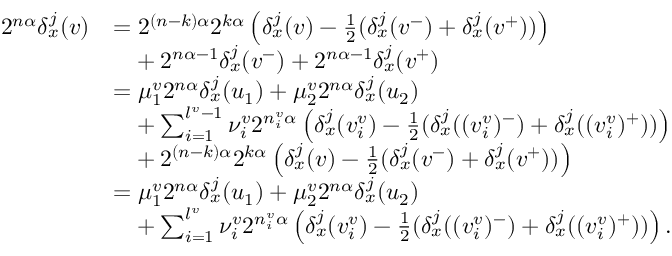
\begin{array} { r l } { 2 ^ { n \alpha } \delta _ { x } ^ { j } ( v ) } & { = 2 ^ { ( n - k ) \alpha } 2 ^ { k \alpha } \left( \delta _ { x } ^ { j } ( v ) - \frac 1 2 ( \delta _ { x } ^ { j } ( v ^ { - } ) + \delta _ { x } ^ { j } ( v ^ { + } ) ) \right) } \\ & { \phantom { = } + 2 ^ { n \alpha - 1 } \delta _ { x } ^ { j } ( v ^ { - } ) + 2 ^ { n \alpha - 1 } \delta _ { x } ^ { j } ( v ^ { + } ) } \\ & { = \mu _ { 1 } ^ { v } 2 ^ { n \alpha } \delta _ { x } ^ { j } ( u _ { 1 } ) + \mu _ { 2 } ^ { v } 2 ^ { n \alpha } \delta _ { x } ^ { j } ( u _ { 2 } ) } \\ & { \phantom { = } + \sum _ { i = 1 } ^ { l ^ { v } - 1 } \nu _ { i } ^ { v } 2 ^ { n _ { i } ^ { v } \alpha } \left( \delta _ { x } ^ { j } ( v _ { i } ^ { v } ) - \frac 1 2 ( \delta _ { x } ^ { j } ( ( v _ { i } ^ { v } ) ^ { - } ) + \delta _ { x } ^ { j } ( ( v _ { i } ^ { v } ) ^ { + } ) ) \right) } \\ & { \phantom { = } + 2 ^ { ( n - k ) \alpha } 2 ^ { k \alpha } \left( \delta _ { x } ^ { j } ( v ) - \frac 1 2 ( \delta _ { x } ^ { j } ( v ^ { - } ) + \delta _ { x } ^ { j } ( v ^ { + } ) ) \right) } \\ & { = \mu _ { 1 } ^ { v } 2 ^ { n \alpha } \delta _ { x } ^ { j } ( u _ { 1 } ) + \mu _ { 2 } ^ { v } 2 ^ { n \alpha } \delta _ { x } ^ { j } ( u _ { 2 } ) } \\ & { \phantom { = } + \sum _ { i = 1 } ^ { l ^ { v } } \nu _ { i } ^ { v } 2 ^ { n _ { i } ^ { v } \alpha } \left( \delta _ { x } ^ { j } ( v _ { i } ^ { v } ) - \frac 1 2 ( \delta _ { x } ^ { j } ( ( v _ { i } ^ { v } ) ^ { - } ) + \delta _ { x } ^ { j } ( ( v _ { i } ^ { v } ) ^ { + } ) ) \right) \mathrm { . } } \end{array}